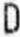
D